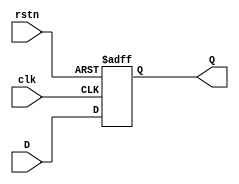
module D_FF #(parameter WIDTH = 4)(
    input clk, rstn,
    input [WIDTH - 1 : 0] D,
    output reg [WIDTH - 1 : 0] Q
);

    always @(posedge clk, negedge rstn) begin
        if (!rstn)
            Q <= 0;
        else
            Q <= D;
    end
endmodule